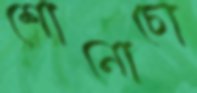
শোনোচো